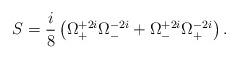
LaTeX: \begin{align*}S=\frac{i}{8}\left(\Omega^{+2i}_+\Omega^{-2i}_-+\Omega^{+2i}_-\Omega^{-2i}_+\right).\end{align*}